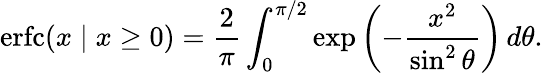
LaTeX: \operatorname{erfc}(x\mid x\geq 0)={\frac{2}{\pi}}\int_{0}^{\pi/2}\exp\left(-{\frac{x^{2}}{\sin^{2}\theta}}\right)\, d\theta.